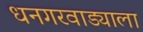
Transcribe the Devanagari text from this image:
धनगरवाड्याला